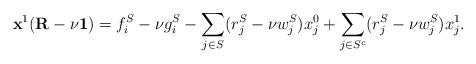
LaTeX: \begin{align*}\mathbf{x}^1 (\mathbf{R} - \nu\mathbf{1})= f_i^S - \nu g_i^S - \sum_{j \in S} (r_j^S - \nu w_j^S) x_j^0 + \sum_{j \in S^c} (r_j^S - \nu w_j^S) x_j^1.\end{align*}